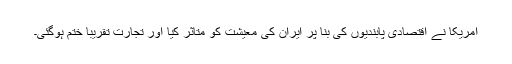
امریکا نے اقتصادی پابندیوں کی بنا پر ایران کی معیشت کو متاثر کیا اور تجارت تقریباََ ختم ہوگئی۔